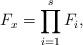
LaTeX: \begin{align*}F_x = \prod_{i=1}^s F_i,\end{align*}